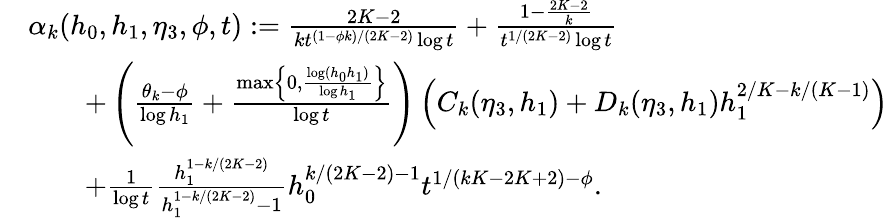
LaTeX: \begin{array}{rl}&{\alpha_{k}(h_{0},h_{1},\eta_{3},\phi,t):=\frac{2K-2}{kt^{(1-\phi k)/(2K-2)}\log t}+\frac{1-\frac{2K-2}{k}}{t^{1/(2K-2)}\log t}}\\ &{\qquad+\left(\frac{\theta_{k}-\phi}{\log h_{1}}+\frac{\operatorname*{max}\left\{ 0,\frac{\log(h_{0}h_{1})}{\log h_{1}}\right\} }{\log t}\right)\left(C_{k}(\eta_{3},h_{1})+D_{k}(\eta_{3},h_{1})h_{1}^{2/K-k/(K-1)}\right)}\\ &{\qquad+\frac{1}{\log t}\frac{h_{1}^{1-k/(2K-2)}}{h_{1}^{1-k/(2K-2)}-1}h_{0}^{k/(2K-2)-1}t^{1/(kK-2K+2)-\phi}.}\end{array}